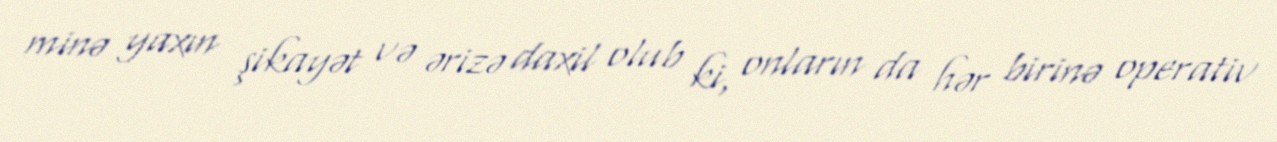
minə yaxın şikayət və ərizə daxil olub ki, onların da hər birinə operativ